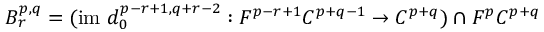
B _ { r } ^ { p , q } = ( { \mathrm { i m ~ } } d _ { 0 } ^ { p - r + 1 , q + r - 2 } : F ^ { p - r + 1 } C ^ { p + q - 1 } \rightarrow C ^ { p + q } ) \cap F ^ { p } C ^ { p + q }